Civil Veterinary Dept. North-West Frontier Province 1901-22 - 1901-1922
Year: 1901
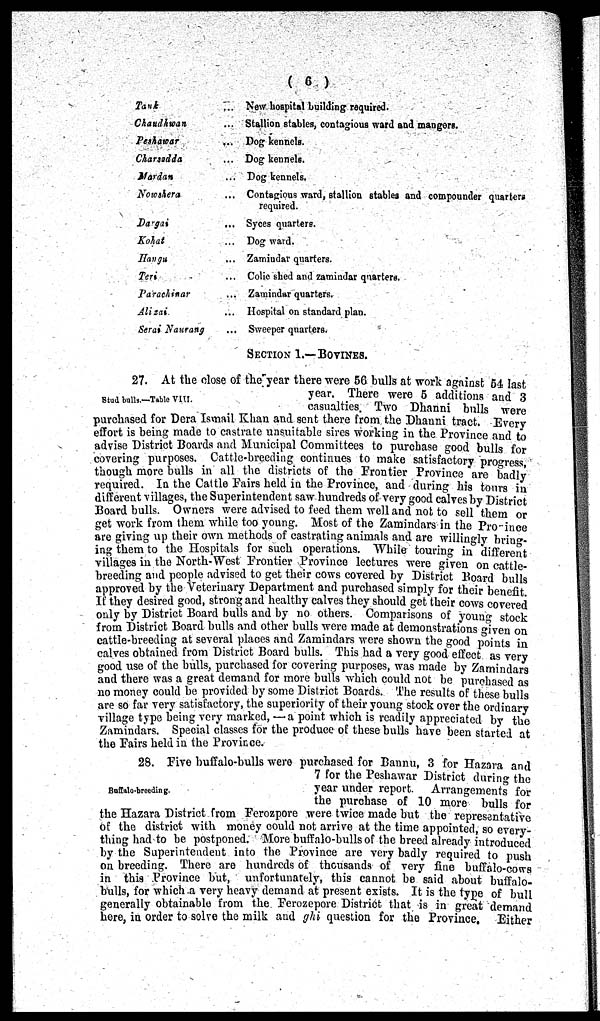
(6)
Tank...
Chaudhwan...
Peshawar...
Charsadda...
Mardan...
Nowshera...
Dargai...
Kohat...
Hangu...
Teri...
Parachinar...
Alizai...
Serai Naurang...
New hospital building required.
Stallion stables, contagious ward and mangers.
Dog kennels.
Dog kennels.
Dog kennels.
Contagious ward, stallion stables and compounder quarters
required.
Syces quarters.
Dog ward.
Zamindar quarters.
Colic shed and zamindar quarters.
Zamindar quarters.
Hospital on standard plan.
Sweeper quarters.
SECTION 1.- BOVINES.
Stud bulls.—Table VIII.
27. At the close of the year there were 56 bulls at work against 54 last
year. There were 5 additions and 3
casualties. Two Dhanni bulls were
purchased for Dera Ismail Khan and sent there from the Dhanni tract. Every
effort is being made to castrate unsuitable sires working in the Province and to
advise District Boards and Municipal Committees to purchase good bulls for
covering purposes. Cattle-breeding continues to make satisfactory progress,
though more bulls in all the districts of the Frontier Province are badly
required. In the Cattle Fairs held in the Province, and during his tours in
different villages, the Superintendent saw hundreds of very good calves by District
Board bulls. Owners were advised to feed them well and not to sell them or
get work from them while too young. Most of the Zamindars in the Province
are giving up their own methods of castrating animals and are willingly bring-
ing them to the Hospitals for such operations. While touring in different
villages in the North-West Frontier Province lectures were given on cattle-
breeding and people advised to get their cows covered by District Board bulls
approved by the Veterinary Department and purchased simply for their benefit
If they desired good, strong and healthy calves they should get their cows covered
only by District Board bulls and by no others. Comparisons of young stock
from District Board bulls and other bulls were made at demonstrations given on
cattle-breeding at several places and Zamindars were shown the good points in
calves obtained from District Board bulls. This had a very good effect as very
good use of the bulls, purchased for covering purposes, was made by Zamindars
and there was a great demand for more bulls which could not be purchased as
no money could be provided by some District Boards. The results of these bulls
are so far very satisfactory, the superiority of their young stock over the ordinary
village type being very marked, — a point which is readily appreciated by the
Zamindars. Special classes for the produce of these bulls have been started at
the Fairs held in the Province.
Buffalo-breeding.
28. Five buffalo-bulls were purchased for Bannu, 3 for Hazara and
7 for the Peshawar District during the
year under report. Arrangements for
the purchase of 10 more bulls for
the Hazara District from Ferozpore were twice made but the representative
of the district with money could not arrive at the time appointed, so every-
thing had to be postponed. More buffalo-bulls of the breed already introduced
by the Superintendent into the Province are very badly required to push
on breeding. There are hundreds of thousands of very fine buffalo-cows
in this Province but, unfortunately, this cannot be said about buffalo-
bulls, for which a very heavy demand at present exists. It is the type of bull
generally obtainable from the Ferozepore District that is in great demand
here, in order to solve the milk and ghi question for the Province.
Either